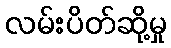
လမ်းပိတ်ဆို့မှု